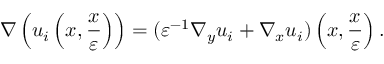
\nabla \left( u _ { i } \left( x , \frac { x } { \varepsilon } \right) \right) = ( \varepsilon ^ { - 1 } \nabla _ { y } u _ { i } + \nabla _ { x } u _ { i } ) \left( x , \frac { x } { \varepsilon } \right) .